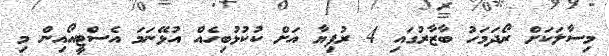
މިސާލަކަށް ރޯދަމަހު ބާޒާރުގައި 4 ރުފިޔާ އަށް ކުކުޅުބިހެއް އުޅޭނަމަ އެސްޓީއޯއިން މި